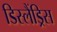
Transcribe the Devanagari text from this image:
डिस्लैंड्रिस